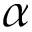
\alpha